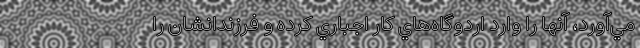
مي‌آورد، آنها را وارد اردوگاه‌هاي کار اجباري کرده و فرزندانشان را